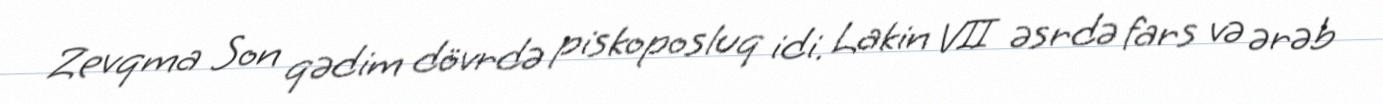
Zevqma Son qədim dövrdə piskoposluq idi. Lakin VII əsrdə fars və ərəb